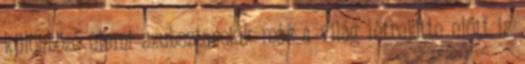
különböző elemi szubsztanciák már a világ létrejötte előtt is